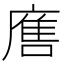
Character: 𭙲